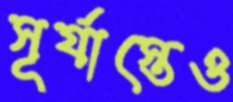
সূর্যাস্তেও